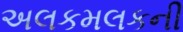
અલકમલકની